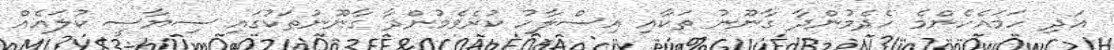
އަދި ހަމައެހެންމެ ހެދެމުންދާ ގާނޫނު ތަކާއި އިސްލާހު ކުރެވެމުންދާ ގާނޫނުތަކުގައި ސިޔާސީ ކުލައެއް